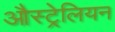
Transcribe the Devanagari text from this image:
औस्ट्रेलियन